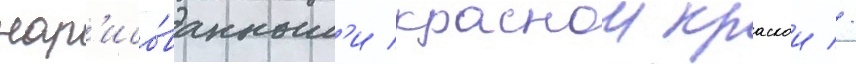
нар'исо́ванным'и краснои краскои //